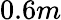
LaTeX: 0.6m